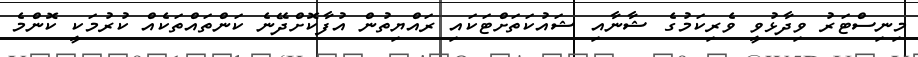
މިނިސްޓަރު ވިދާޅުވީ ވެރިކަމުގެ ޝާނާއި ޝައުކަތަށްޓަކައި ރައްޔިތުން އުފާކޮށްދޭނެ ކަންތައްތަކެއް ކުރުމަކީ ކޮންމެ